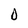
Character: O